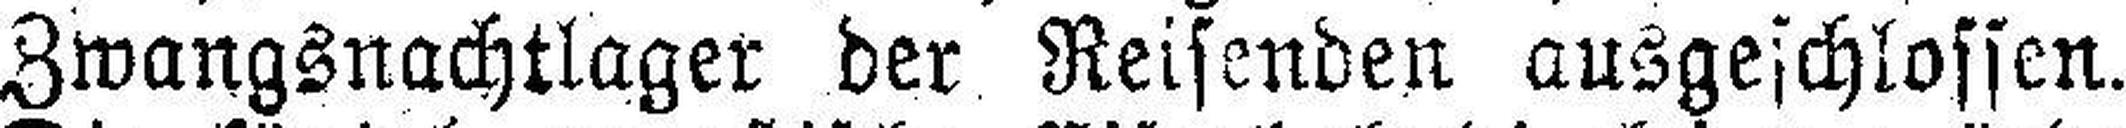
Zwangsnachtlager der Reisenden ausgeschlossen.